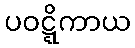
ပဝဋ္ဋိကာယ